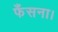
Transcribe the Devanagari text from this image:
फँसना।